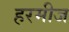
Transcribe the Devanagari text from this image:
हरमीज